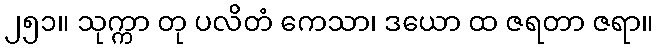
၂၅၁။ သုက္ကာ တု ပလိတံ ကေသာ၊ ဒယော ထ ဇရတာ ဇရာ။